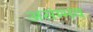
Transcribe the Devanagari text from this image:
असंम्भव